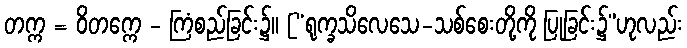
တက္က = ဝိတက္ကေ - ကြံစည်ခြင်း၌။ [“ရုက္ခသိလေသေ-သစ်စေးတို့ကို ပြုခြင်း၌”ဟုလည်း